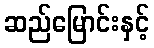
ဆည်မြောင်းနှင့်